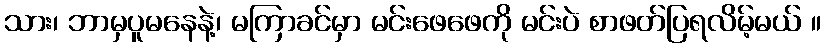
သား၊ ဘာမှပူမနေနဲ့၊ မကြာခင်မှာ မင်းဖေဖေကို မင်းပဲ စာဖတ်ပြရလိမ့်မယ် ။